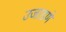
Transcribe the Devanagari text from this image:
उजाडणे